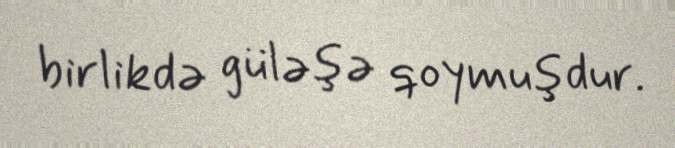
birlikdə güləşə qoymuşdur.